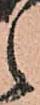
之